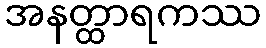
အနတ္ထာရကဿ